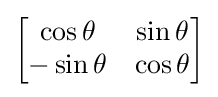
{\textstyle {\begin{bmatrix}\cos \theta &\sin \theta \\-\sin \theta &\cos \theta \end{bmatrix}}}